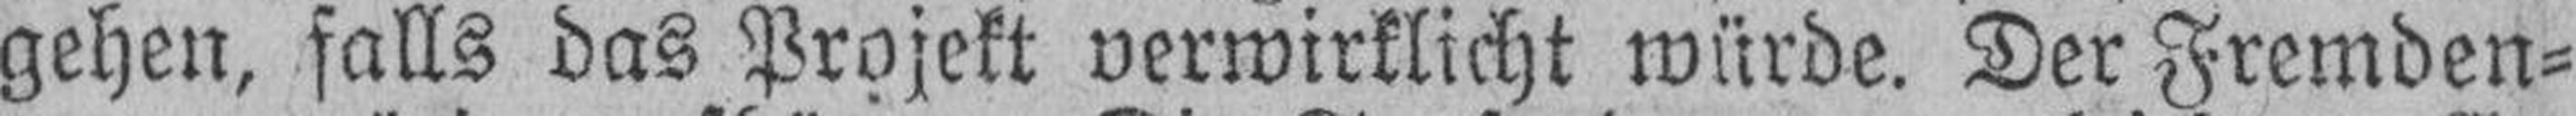
gehen, falls das Projekt verwirklicht würde. Der Fremden¬